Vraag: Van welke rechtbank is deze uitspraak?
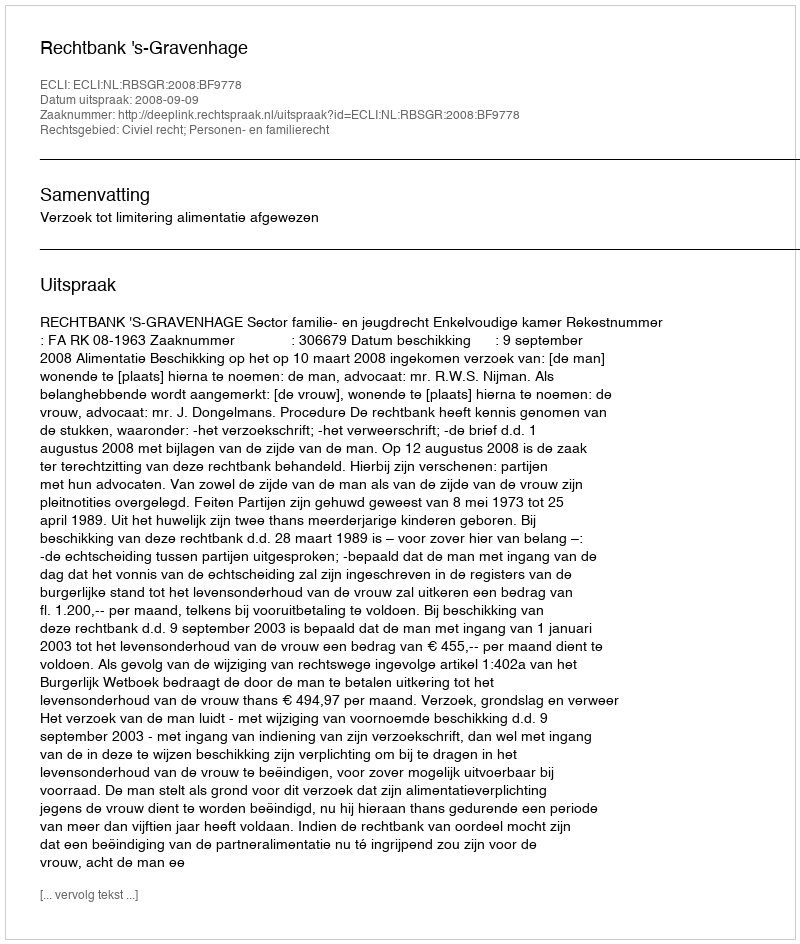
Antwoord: Rechtbank 's-Gravenhage